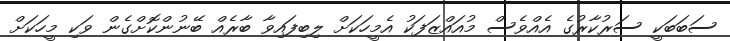
ސަބަބަކީ ސަރުކާރުގެ އެއްވެސް މުއައްޒަފަކު އެމީހަކަށް ލިބިފައިވާ ބާރެއް ބޭނުންކޮށްގެން ވަކި މީހަކަށް